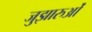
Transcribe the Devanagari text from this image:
जुझारुओं